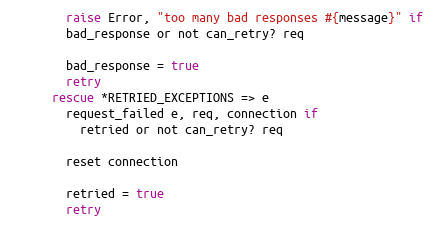
Language: Ruby
        raise Error, "too many bad responses #{message}" if
        bad_response or not can_retry? req

        bad_response = true
        retry
      rescue *RETRIED_EXCEPTIONS => e
        request_failed e, req, connection if
          retried or not can_retry? req

        reset connection

        retried = true
        retry